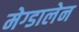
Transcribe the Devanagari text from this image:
मेग्डालेन